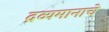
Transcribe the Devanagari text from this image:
द्रव्यमानाचे